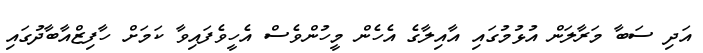
އަދި ސަބާ މަރާލަން އުޅުމުގައި އާއިލާގެ އެހެން މީހުންވެސް އެހީވެފައިވާ ކަމަށް ހާފިޒްއާބާދުގައި